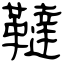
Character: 韃